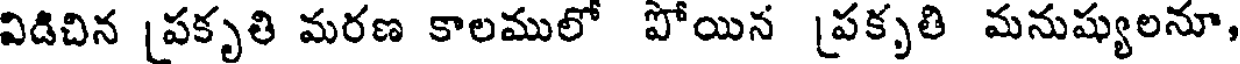
విడిచిన [పకృతి మరణ కాలములో పోయిన [పకృతి మనుష్యులనూ,